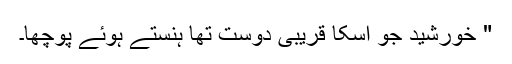
" خورشید جو اُسکا قریبی دوست تھا ہنستے ہوئے پوچھا۔